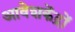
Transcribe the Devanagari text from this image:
आवेशकेंद्रों